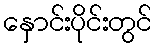
နှောင်းပိုင်းတွင်